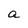
Character: a